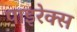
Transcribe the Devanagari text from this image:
पाइरेक्स